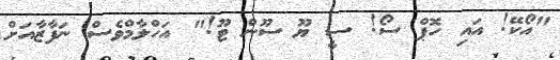
"އޯކޭ! އައި ހޮޕް ސޯ! ސީ ޔޫ ސޫން ޓޫ!" އަހްލާމްވެސް ނަފާޒާއަށް